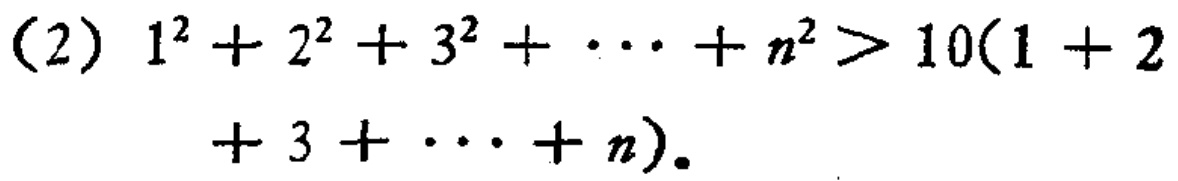
(2) \(1^{2}+2^{2}+3^{2}+\cdots +n^{2}>10(1 + 2+3+\cdots +n)\)